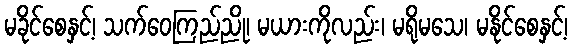
မခိုင်စေနှင့်၊ သက်ဝေကြည်ညို၊ မယားကိုလည်း၊ မရိုမသေ၊ မနိုင်စေနှင့်၊